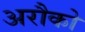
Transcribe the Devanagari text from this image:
अरौको